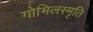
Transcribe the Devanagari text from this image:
गोभिलस्मृति